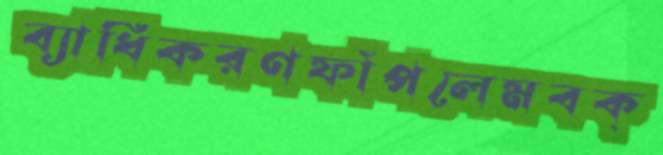
ব্যাধিকরণফাঁপলেমবক্